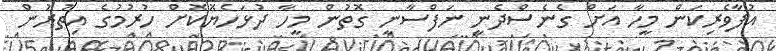
އުފާވެރިކަން މީހާ އަށް ގެނެސްދެނީ ނަފްސާނީ ގޮތުން މީހާ ދުޅަހެޔޮކޮށް ހުރުމުގެ އިތުރުން